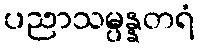
ပညာသမ္ပန္နတရံ